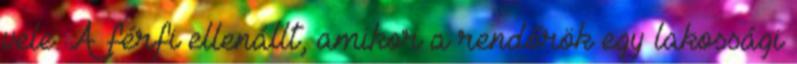
vele. A férfi ellenállt, amikor a rendőrök egy lakossági